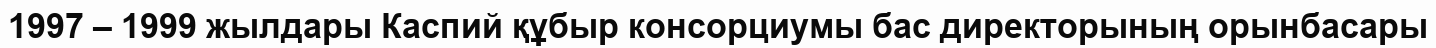
1997 – 1999 жылдары Каспий құбыр консорциумы бас директорының орынбасары